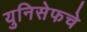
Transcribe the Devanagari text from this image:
युनिसेफचे